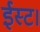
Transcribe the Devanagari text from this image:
ईस्ट।